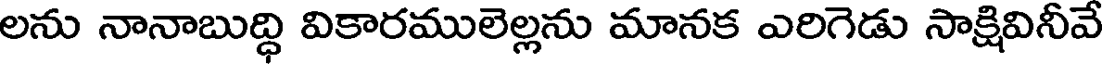
లను నానాబుద్ధి వికారములెల్లను మానక ఎరిగెడు సాక్షివినీవే